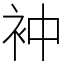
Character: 衶